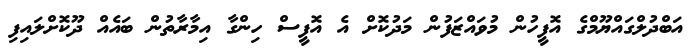
އަބްދުލްގައްޔޫމްގެ އޮފީހުން މުވައްޒަފުން މަދުކޮށް އެ އޮފީސް ހިންގާ އިމާރާތުން ބައެއް ދޫކޮށްލައިފި